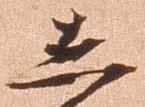
し